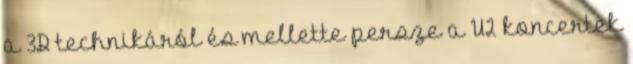
a 3D technikáról és mellette persze a U2 koncertek